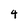
Character: 4